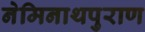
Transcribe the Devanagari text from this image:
नेमिनाथपुराण